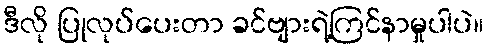
ဒီလို ပြုလုပ်ပေးတာ ခင်ဗျားရဲ့ကြင်နာမှုပါပဲ။